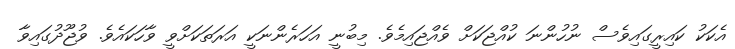
އެކަކު ކައިރީގައިވެސް ނުހުންނަ ކުއްޖަކަށް ވެއްޖައިމެވެ. މިބުނީ އަހަރެންނަކީ އަރަތަކަށްވީ ވާހަކައެވެ. ވުޖޫދުގައިވާ